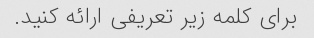
برای کلمه زیر تعریفی ارائه کنید.